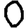
Digit: 0